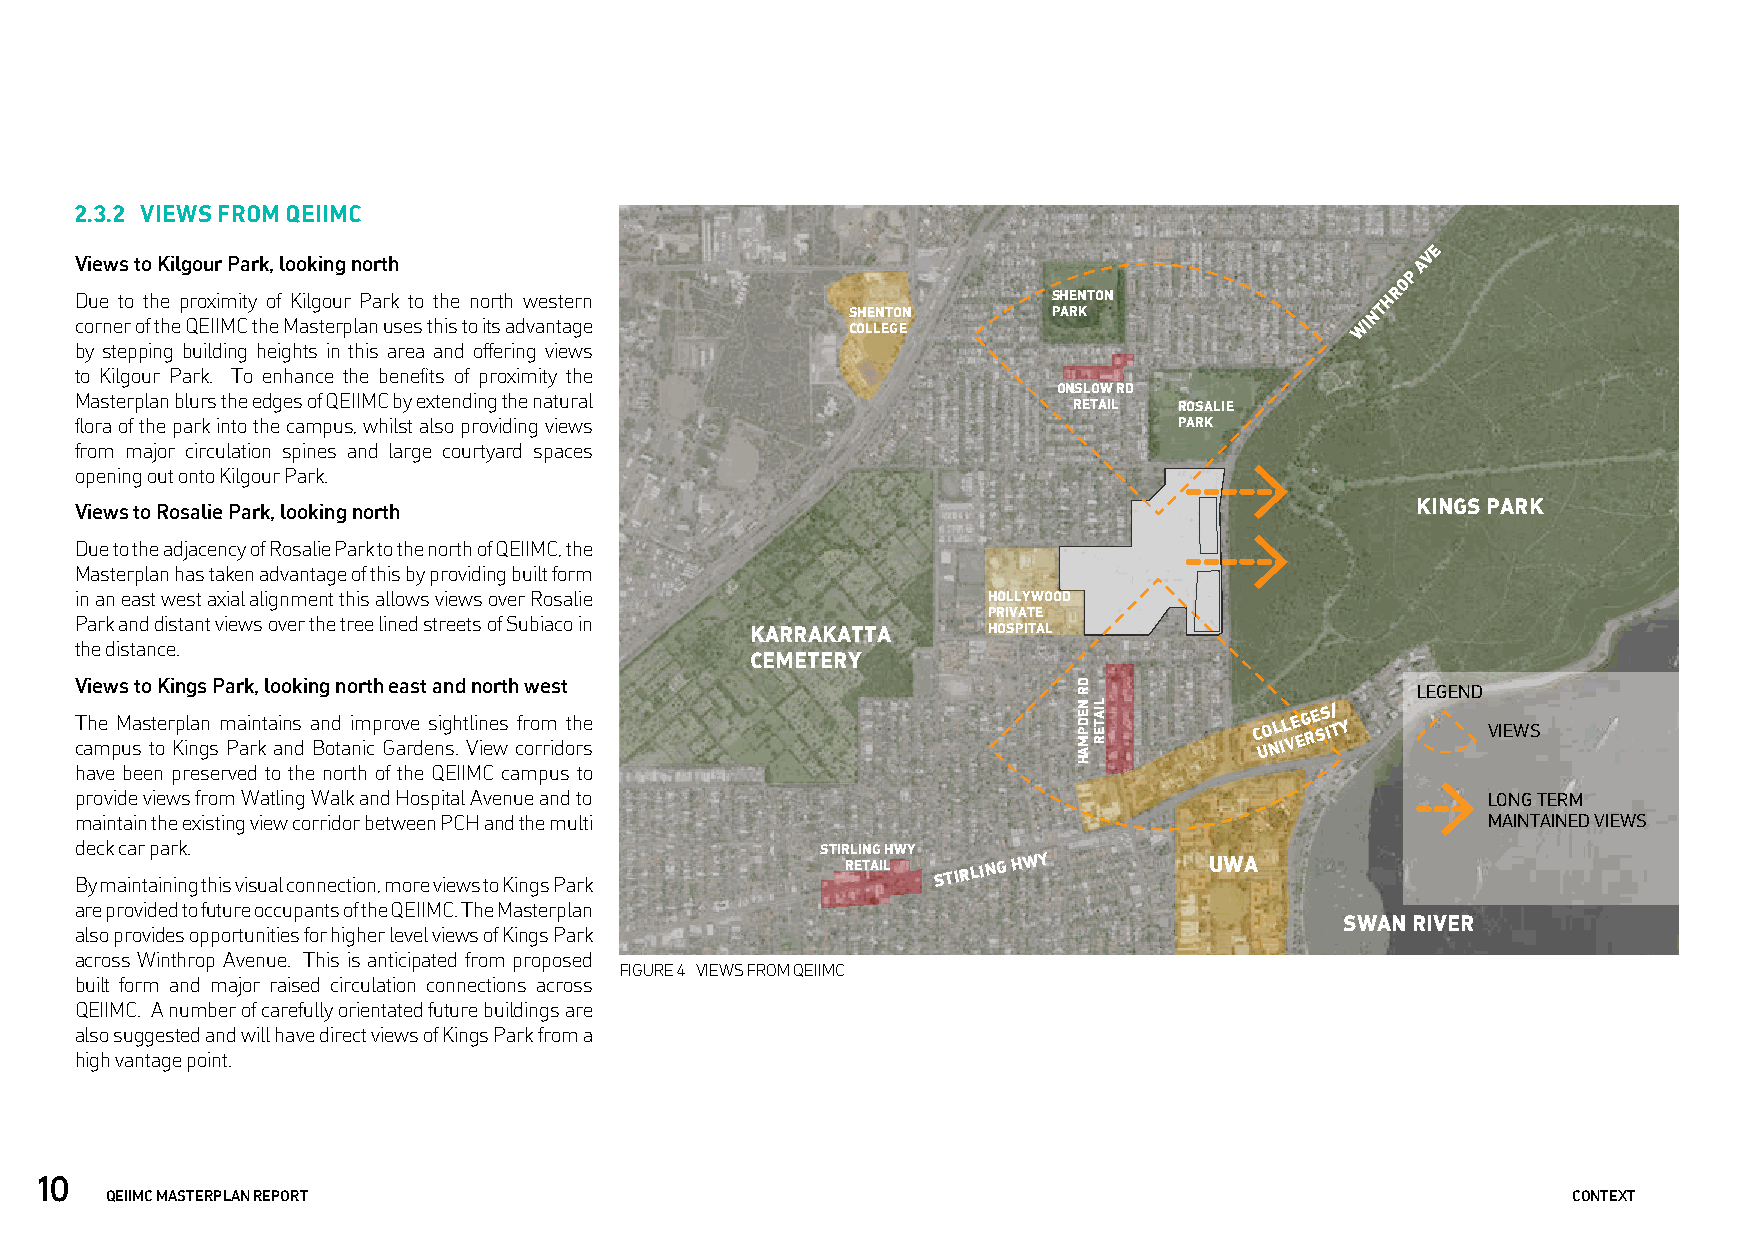
2.3.2 VIEWS FROM QEIIMC
 E
 Views to Kilgour Park, looking north                                                     AV
 P
 O
 Due to the proximity of Kilgour Park to the north western        SHENTON               HR
 SHENTON       PARK                 NT
 corner of the QEIIMC the Masterplan uses this to its advantage COLLEGE               WI
 by stepping building heights in this area and offering views
 to Kilgour Park. To enhance the benefits of proximity the
 ONSLOW RD
 Masterplan blurs the edges of QEIIMC by extending the natural
 RETAIL ROSALIE
 flora of the park into the campus, whilst also providing views           PARK
 from major circulation spines and large courtyard spaces
 opening out onto Kilgour Park.
 KINGS PARK
 Views to Rosalie Park, looking north
 Due to the adjacency of Rosalie Park to the north of QEIIMC, the
 Masterplan has taken advantage of this by providing built form
 in an east west axial alignment this allows views over Rosalie HOLLYWOOD
 PRIVATE
 Park and distant views over the tree lined streets of Subiaco in
 KARRAKATTA     HOSPITAL
 the distance.
 CEMETERY
 Views to Kings Park, looking north east and north west
 LEGEND
 T cah me pM ua
 s
 s tt oe r Kp il na gn
 s
 m Pa ai rn kt a ain ns
 d
 a Bn od
 ta
 i nm icp Gro av re
 d
 es nig sh
 .
 t Vlin iee ws cfr oo rm
 rid
 oth re
 s
 C UO NL IL VE EG RE SS I/ TY VIEWS
 have been preserved to the north of the QEIIMC campus to
 provide views from Watling Walk and Hospital Avenue and to                                   LONG TERM
 maintain the existing view corridor between PCH and the multi                                MAINTAINED VIEWS
 deck car park.                                   STIRLING HWY
 By maintaining this visual connection, more views to Kings Park
 RETAIL STIRLING HWY     UWA
 are provided to future occupants of the QEIIMC. The Masterplan
 SWAN RIVER
 also provides opportunities for higher level views of Kings Park
 across Winthrop Avenue. This is anticipated from proposed
 FIGURE 4 VIEWS FROM QEIIMC
 built form and major raised circulation connections across
 QEIIMC. A number of carefully orientated future buildings are
 also suggested and will have direct views of Kings Park from a
 high vantage point.
 10
 QEIIMC MASTERPLAN REPORT                                                                         CONTEXT
 DR
 NEDPMAH LIATER